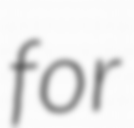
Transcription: for